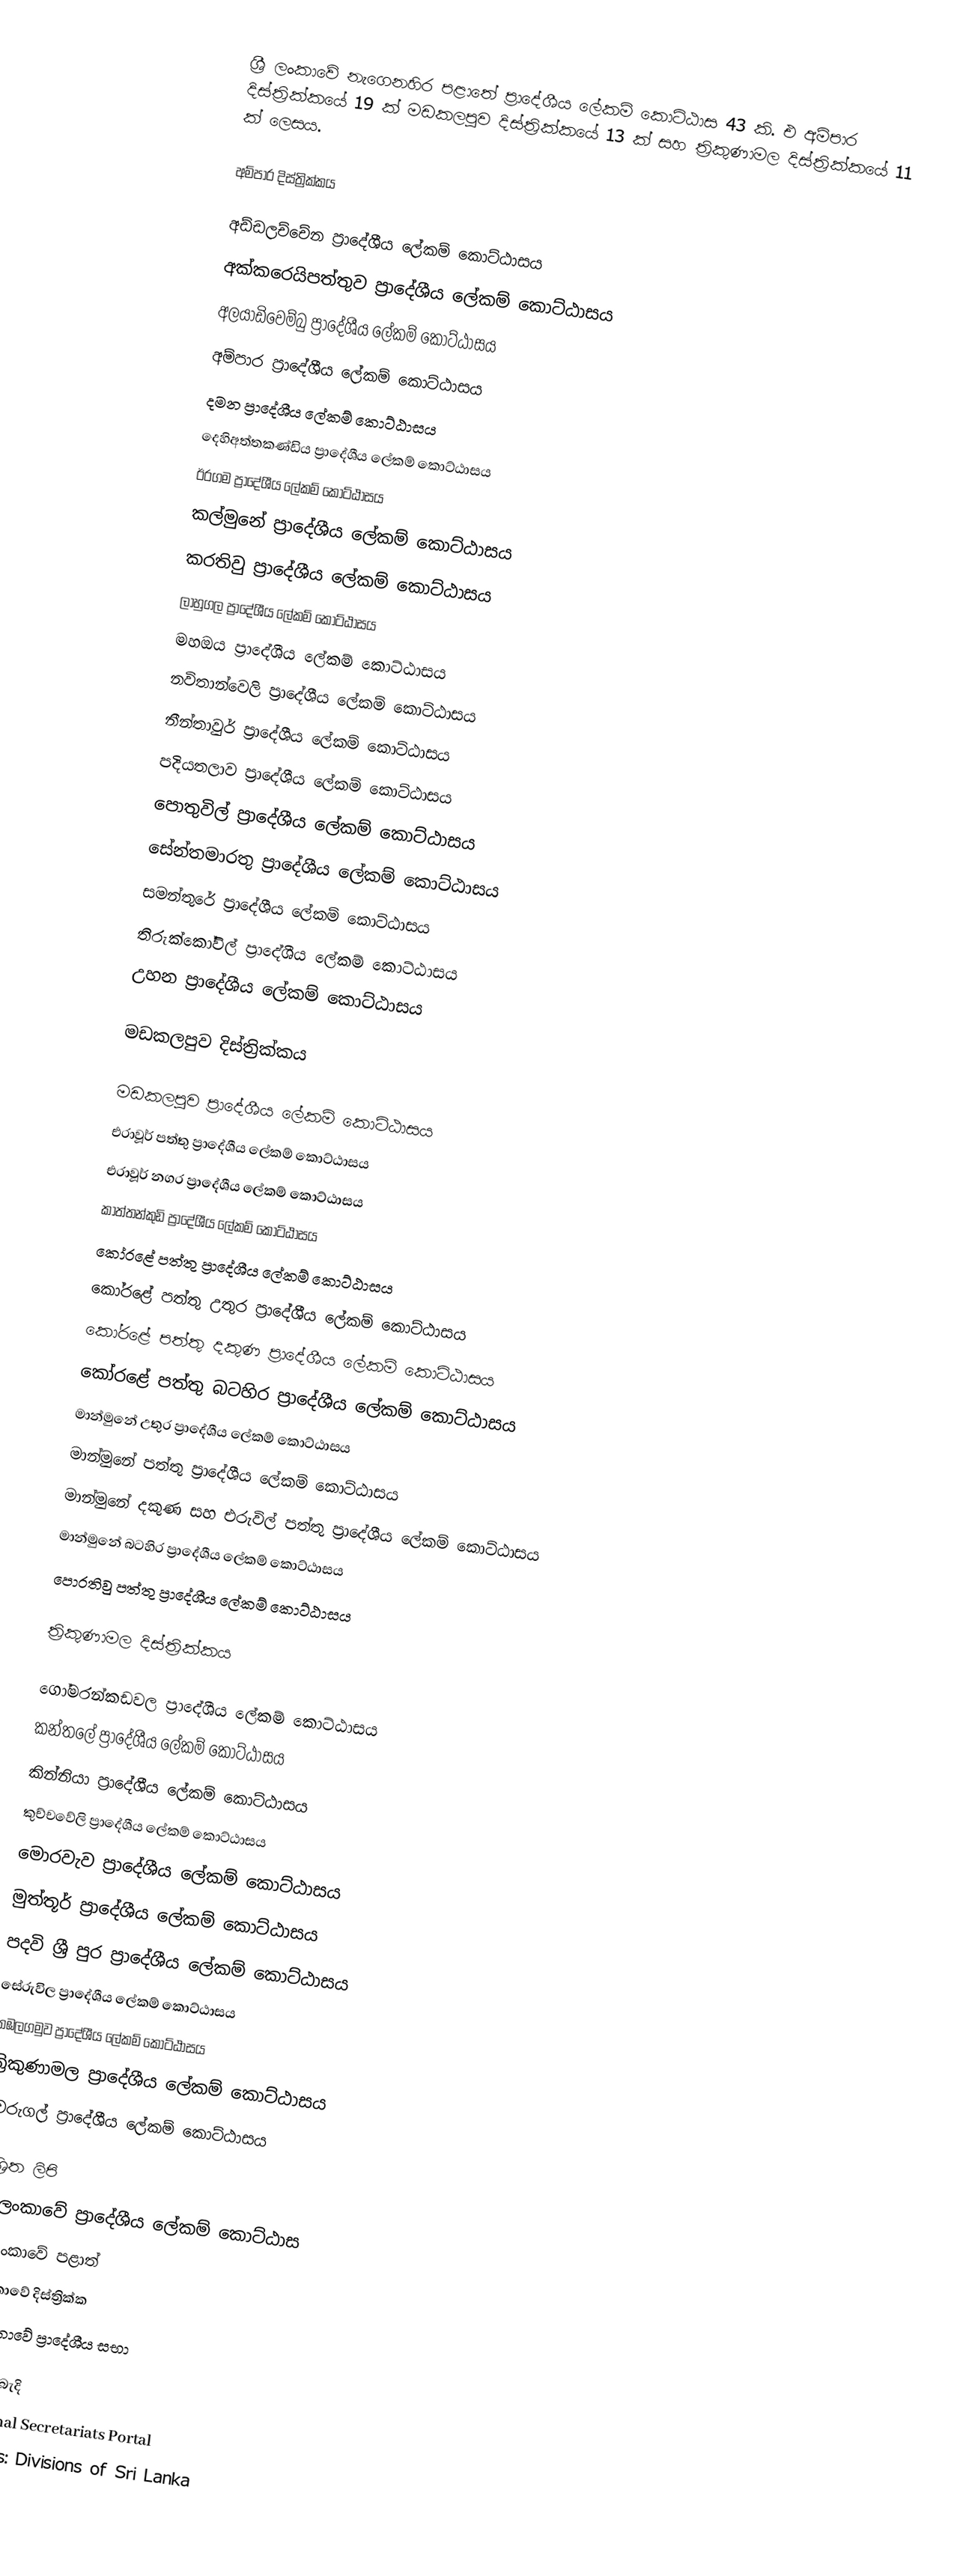
ශ්‍රී ලංකාවේ නැගෙනහිර පළාතේ ප්‍රාදේශීය ලේකම් කොට්ඨාස 43 කි. එ අම්පාර දිස්ත්‍රික්කයේ 19 ක් මඩකලපුව දිස්ත්‍රික්කයේ 13 ක් සහ ත්‍රිකුණාමල දිස්ත්‍රික්කයේ 11 ක් ලෙසය.

අම්පාර දිස්ත්‍රික්කය

 අඩ්ඩලච්චේන ප්‍රාදේශීය ලේකම් කොට්ඨාසය
 අක්කරෙයිපත්තුව ප්‍රාදේශීය ලේකම් කොට්ඨාසය
 අලයාඩිවෙම්බු ප්‍රාදේශීය ලේකම් කොට්ඨාසය
 අම්පාර ප්‍රාදේශීය ලේකම් කොට්ඨාසය
 දමන ප්‍රාදේශීය ලේකම් කොට්ඨාසය
 දෙහිඅත්තකණ්ඩිය ප්‍රාදේශීය ලේකම් කොට්ඨාසය
 ඊරගම ප්‍රාදේශීය ලේකම් කොට්ඨාසය
 කල්මුනේ ප්‍රාදේශීය ලේකම් කොට්ඨාසය
 කරතිවු ප්‍රාදේශීය ලේකම් කොට්ඨාසය
 ලාහුගල ප්‍රාදේශීය ලේකම් කොට්ඨාසය
 මහඔය ප්‍රාදේශීය ලේකම් කොට්ඨාසය
 නවිතාන්වෙලි ප්‍රාදේශීය ලේකම් කොට්ඨාසය
 නීන්තාවුර් ප්‍රාදේශීය ලේකම් කොට්ඨාසය
 පදියතලාව ප්‍රාදේශීය ලේකම් කොට්ඨාසය
 පොතුවිල් ප්‍රාදේශීය ලේකම් කොට්ඨාසය
 සේන්තමාරතු ප්‍රාදේශීය ලේකම් කොට්ඨාසය
 සමන්තුරේ ප්‍රාදේශීය ලේකම් කොට්ඨාසය
 තිරුක්කෝවිල් ප්‍රාදේශීය ලේකම් කොට්ඨාසය
 උහන ප්‍රාදේශීය ලේකම් කොට්ඨාසය

මඩකලපුව දිස්ත්‍රික්කය

 මඩකලපුව ප්‍රාදේශීය ලේකම් කොට්ඨාසය
 එරාවූර් පත්තු ප්‍රාදේශීය ලේකම් කොට්ඨාසය
 එරාවූර් නගර ප්‍රාදේශීය ලේකම් කොට්ඨාසය
 කාත්තන්කුඩි ප්‍රාදේශීය ලේකම් කොට්ඨාසය
 කෝරළේ පත්තු ප්‍රාදේශීය ලේකම් කොට්ඨාසය
 කෝරළේ පත්තු උතුර ප්‍රාදේශීය ලේකම් කොට්ඨාසය
 කෝරළේ පත්තු දකුණ ප්‍රාදේශීය ලේකම් කොට්ඨාසය
 කෝරළේ පත්තු බටහිර ප්‍රාදේශීය ලේකම් කොට්ඨාසය
 මාන්මුනේ උතුර ප්‍රාදේශීය ලේකම් කොට්ඨාසය
 මාන්මුනේ පත්තු ප්‍රාදේශීය ලේකම් කොට්ඨාසය
 මාන්මුනේ දකුණ සහ එරුවිල් පත්තු ප්‍රාදේශීය ලේකම් කොට්ඨාසය
 මාන්මුනේ බටහිර ප්‍රාදේශීය ලේකම් කොට්ඨාසය
 පොරතිවු පත්තු ප්‍රාදේශීය ලේකම් කොට්ඨාසය

ත්‍රිකුණාමල දිස්ත්‍රික්කය

 ගෝමරන්කඩවල ප්‍රාදේශීය ලේකම් කොට්ඨාසය
 කන්තලේ ප්‍රාදේශීය ලේකම් කොට්ඨාසය
 කින්නියා ප්‍රාදේශීය ලේකම් කොට්ඨාසය
 කුච්චවේලි ප්‍රාදේශීය ලේකම් කොට්ඨාසය
 මොරවැව ප්‍රාදේශීය ලේකම් කොට්ඨාසය
 මුත්තූර් ප්‍රාදේශීය ලේකම් කොට්ඨාසය
 පදවි ශ්‍රී පුර ප්‍රාදේශීය ලේකම් කොට්ඨාසය
 සේරුවිල ප්‍රාදේශීය ලේකම් කොට්ඨාසය
 තඹලගමුව ප්‍රාදේශීය ලේකම් කොට්ඨාසය
 ත්‍රිකුණාමල ප්‍රාදේශීය ලේකම් කොට්ඨාසය
 වෙරුගල් ප්‍රාදේශීය ලේකම් කොට්ඨාසය

ආශ්‍රිත ලිපි
 ශ්‍රී ලංකාවේ ප්‍රාදේශීය ලේකම් කොට්ඨාස
 ශ්‍රී ලංකාවේ පළාත්
 ශ්‍රී ලංකාවේ දිස්ත්‍රික්ක
 ශ්‍රී ලංකාවේ ප්‍රාදේශීය සභා

බාහිර සබැදි
 Divisional Secretariats Portal
 Statoids: Divisions of Sri Lanka